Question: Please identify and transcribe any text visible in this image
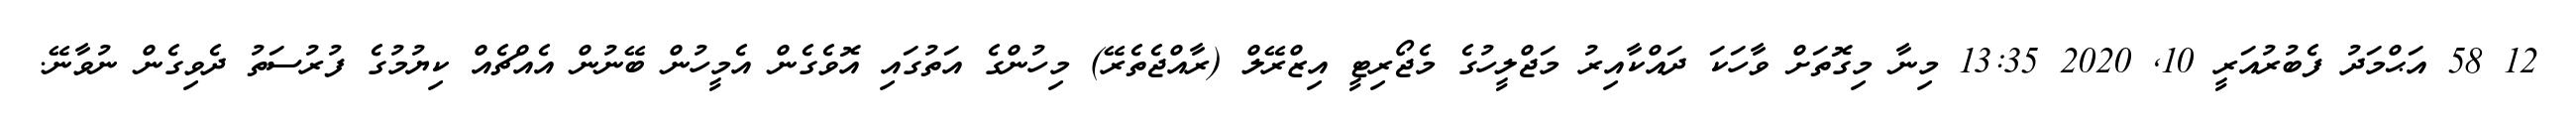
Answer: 12 58 އަޙްމަދު ފެބުރުއަރީ 10, 2020 13:35 މިނާ މިގޮތަށް ވާހަކަ ދައްކާއިރު މަޖްލީހުގެ މެޖޯރިޓީ އިޒްރޭލް (ރާއްޖެތެރޭ) މިހުންގެ އަތުގައި އޮވެގެން އެމީހުން ބޭނުން އެއްޗެއް ކިޔުމުގެ ފުރުސަތު ދެވިގެން ނުވާނޭ.